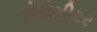
ફોટોમીટર